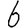
Digit: 6